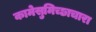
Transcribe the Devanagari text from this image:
कामेसुमिच्छाचारा